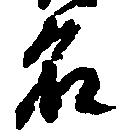
名